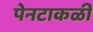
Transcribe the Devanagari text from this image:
पेनटाकळी